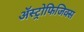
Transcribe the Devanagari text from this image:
ॲस्ट्रोफिजिक्‍स